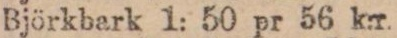
Björkbark 1: 50 pr 56 k:r.